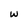
Character: w